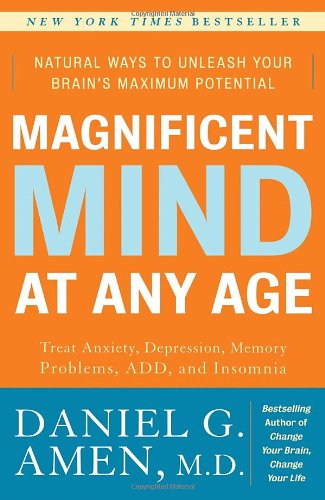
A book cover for Magnificent Mind at Any Age: Natural Ways to Unleash Your Brain's Maximum Potential; Daniel G. Amen; Self-Help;